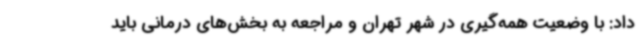
داد: با وضعیت همه‌گیری در شهر تهران و مراجعه به بخش‌های درمانی باید